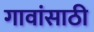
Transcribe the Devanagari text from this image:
गावांसाठी